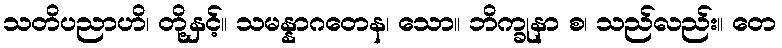
သတိပညာဟိ၊ တို့နှင့်။ သမန္နာဂတေန၊ သော။ ဘိက္ခုနာ စ၊ သည်လည်း။ တေ